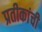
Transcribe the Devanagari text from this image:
प्रतीकांची